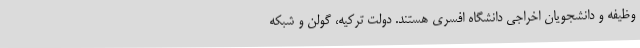
وظیفه و دانشجویان اخراجی دانشگاه افسری هستند. دولت ترکیه، گولن و شبکه